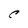
Character: C